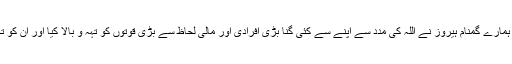
ہماری پاک فوج اور ہمارے گمنام ہیروز نے اللہ کی مدد سے اپنے سے کئی گنا بڑی افرادی اور مالی لحاظ سے بڑی قوتوں کو تہہ و بالا کیا اور ان کو تگنی کا ناچ نچوا دیا ۔